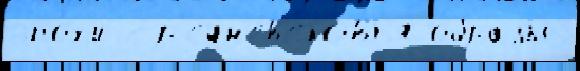
эпо́х'и ср'едн'ев'еко́вья о́бразы